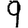
Digit: 9